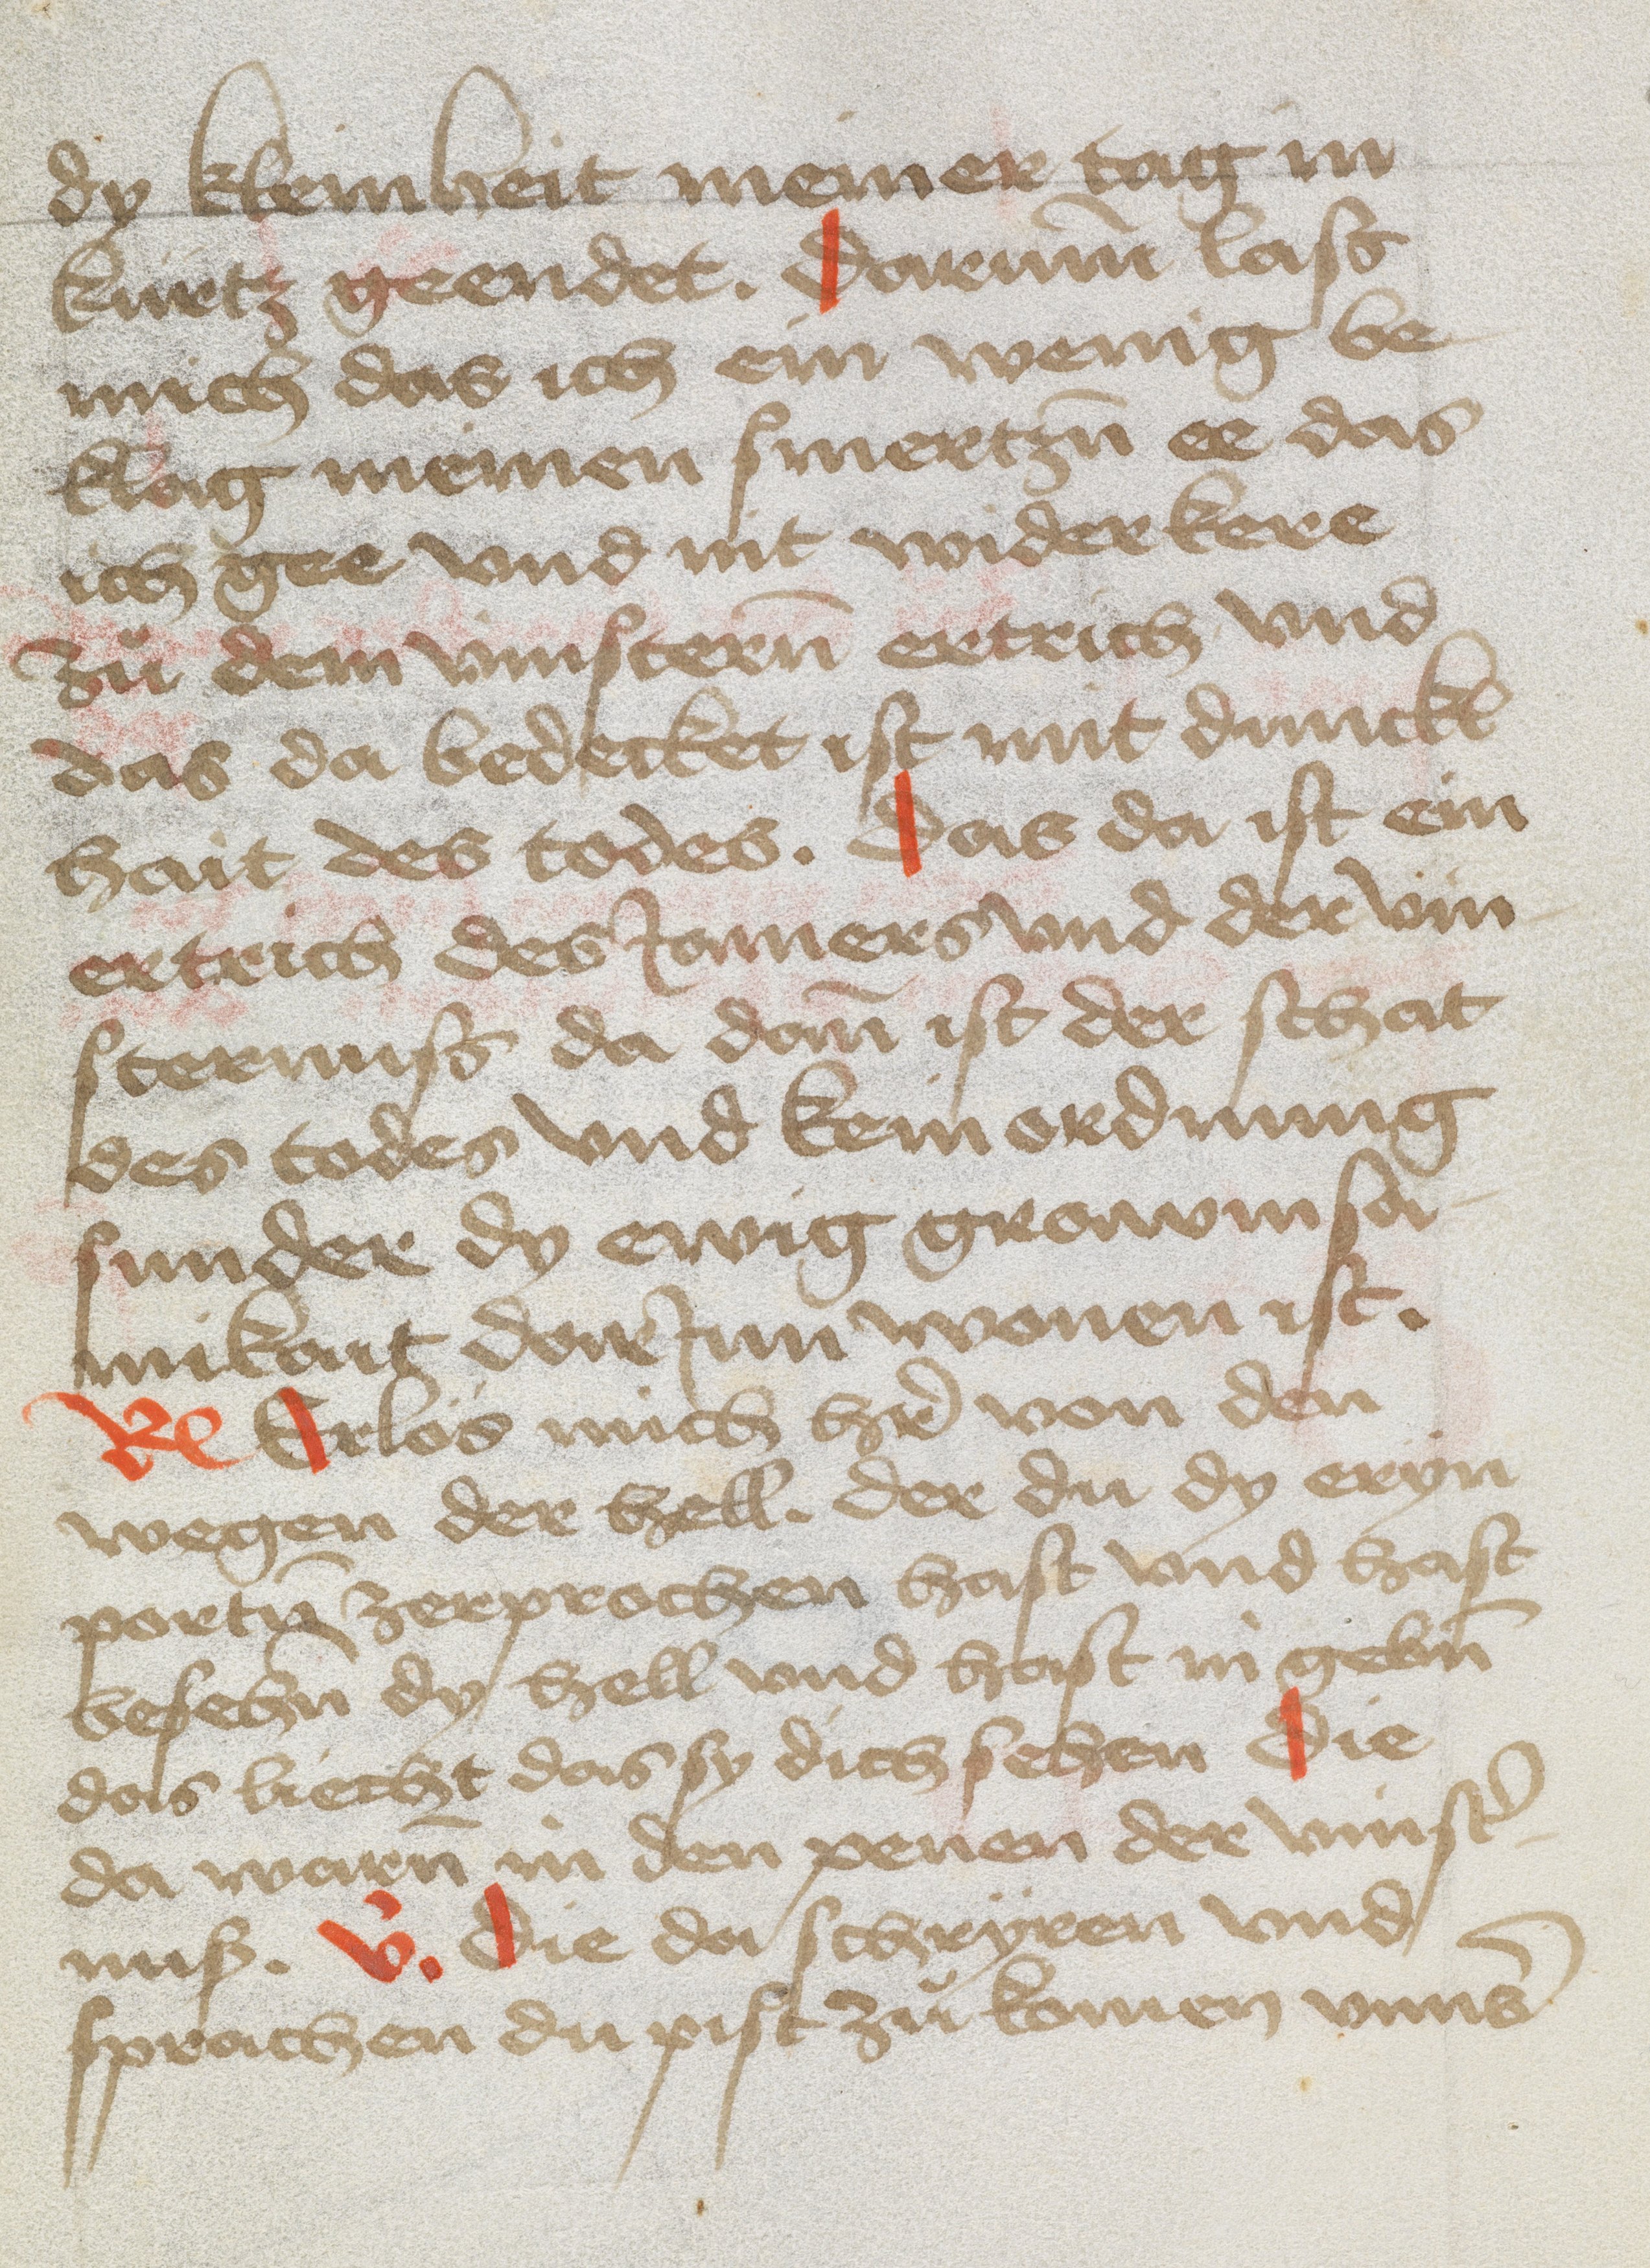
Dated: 1475–1524